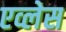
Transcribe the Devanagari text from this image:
एव्लेस